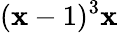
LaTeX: (\mathbf{x}-1)^{3}\mathbf{x}